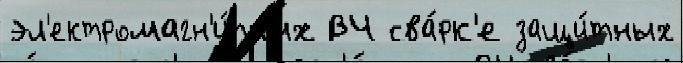
эл'ектромагн'и́тных ВЧ сва́рк'е защи́тных